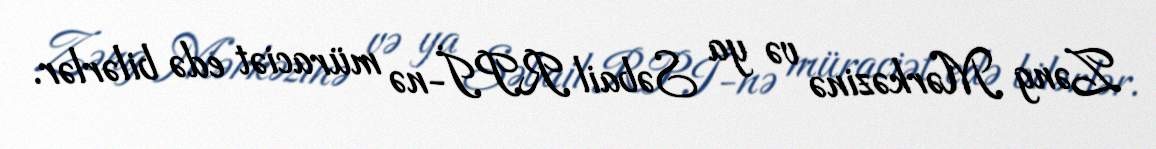
Zəng Mərkəzinə və ya Səbail RPİ-nə müraciət edə bilərlər.